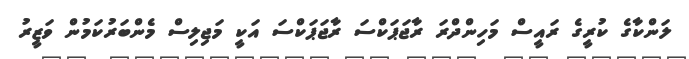
ލަންކާގެ ކުރީގެ ރައީސް މަހިންދްރަ ރާޖަޕަކްސަ ރާޖަޕަކްސަ އަކީ މަޖިލިސް މެންބަރުކަމުން ވަޒީރު